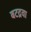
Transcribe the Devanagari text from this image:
बटद्रवा